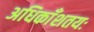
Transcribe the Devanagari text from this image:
अधिकाँशतयः